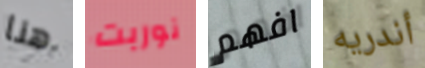
هنا نوربت افهم أندريه